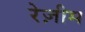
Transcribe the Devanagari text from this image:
रेज़ीम